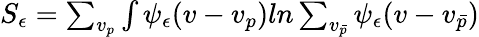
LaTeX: \begin{array}{r}{S_{\epsilon}=\sum_{v_{p}}\int\psi_{\epsilon}(v-v_{p})ln\sum_{v_{\bar{p}}}\psi_{\epsilon}(v-v_{\bar{p}})}\end{array}